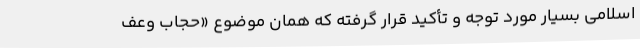
اسلامی بسیار مورد توجه و تأکید قرار گرفته که همان موضوع «حجاب وعف